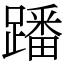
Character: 蹯